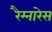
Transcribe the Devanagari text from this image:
रैम्नारेस